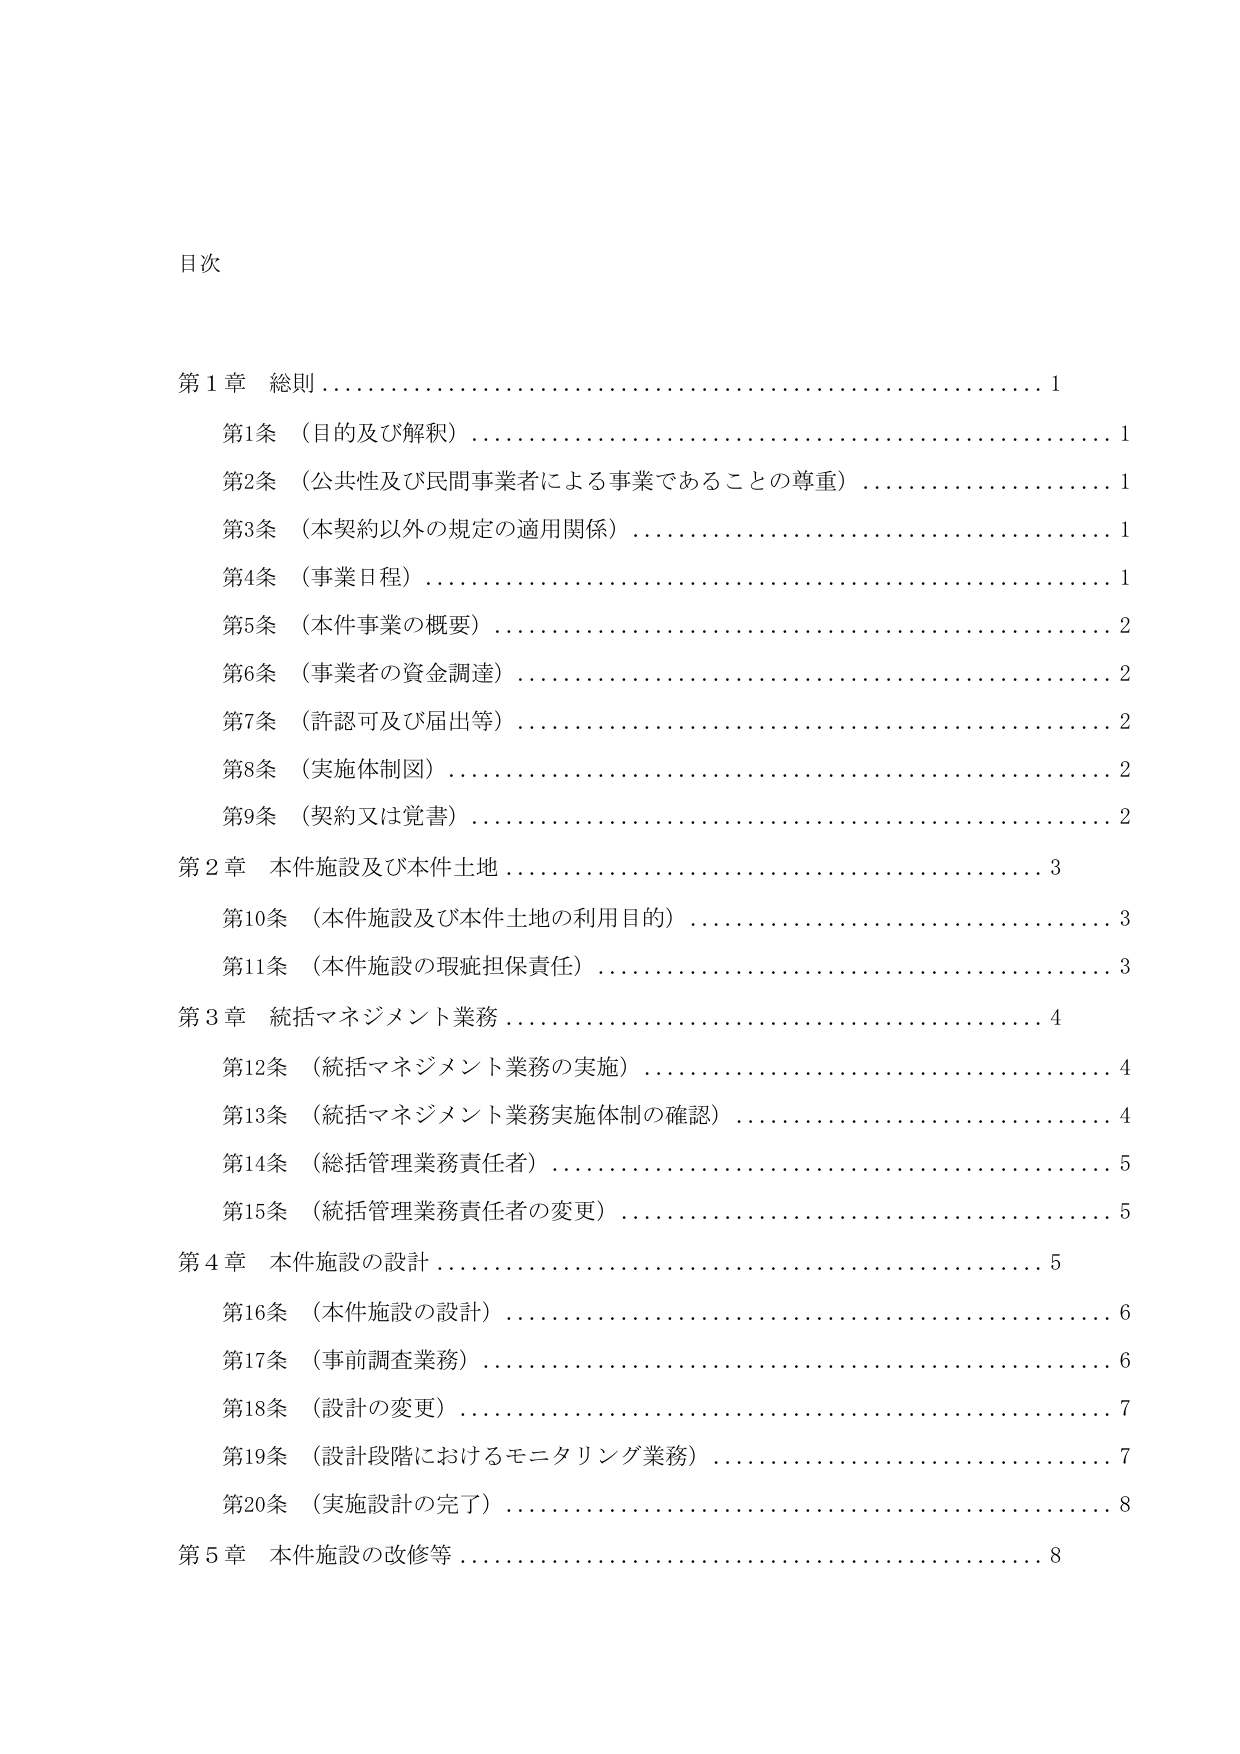
目次

第１章 総則 ……………………………………………………………… 1
　第1条 （目的及び解釈） ………………………………………………… 1
　第2条 （公共性及び民間事業者による事業であることの尊重） ………… 1
　第3条 （本契約以外の規定の適用関係） ……………………………… 1
　第4条 （事業日程） ……………………………………………………… 1
　第5条 （本件事業の概要） ……………………………………………… 2
　第6条 （事業者の資金調達） …………………………………………… 2
　第7条 （許認可及び届出等） …………………………………………… 2
　第8条 （実施体制図） …………………………………………………… 2
　第9条 （契約又は覚書） ………………………………………………… 2

第２章 本件施設及び本件土地 ………………………………………… 3
　第10条 （本件施設及び本件土地の利用目的） ………………………… 3
　第11条 （本件施設の瑕疵担保責任） …………………………………… 3

第３章 統括マネジメント業務 ………………………………………… 4
　第12条 （統括マネジメント業務の実施） ……………………………… 4
　第13条 （統括マネジメント業務実施体制の確認） …………………… 4
　第14条 （総括管理業務責任者） ………………………………………… 5
　第15条 （統括管理業務責任者の変更） ………………………………… 5

第４章 本件施設の設計 ………………………………………………… 5
　第16条 （本件施設の設計） ……………………………………………… 6
　第17条 （事前調査業務） ………………………………………………… 6
　第18条 （設計の変更） …………………………………………………… 7
　第19条 （設計段階におけるモニタリング業務） ……………………… 7
　第20条 （実施設計の完了） ……………………………………………… 8

第５章 本件施設の改修等 ……………………………………………… 8